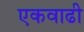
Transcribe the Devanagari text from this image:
एकवाढी